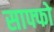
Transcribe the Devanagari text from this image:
साफ्फो